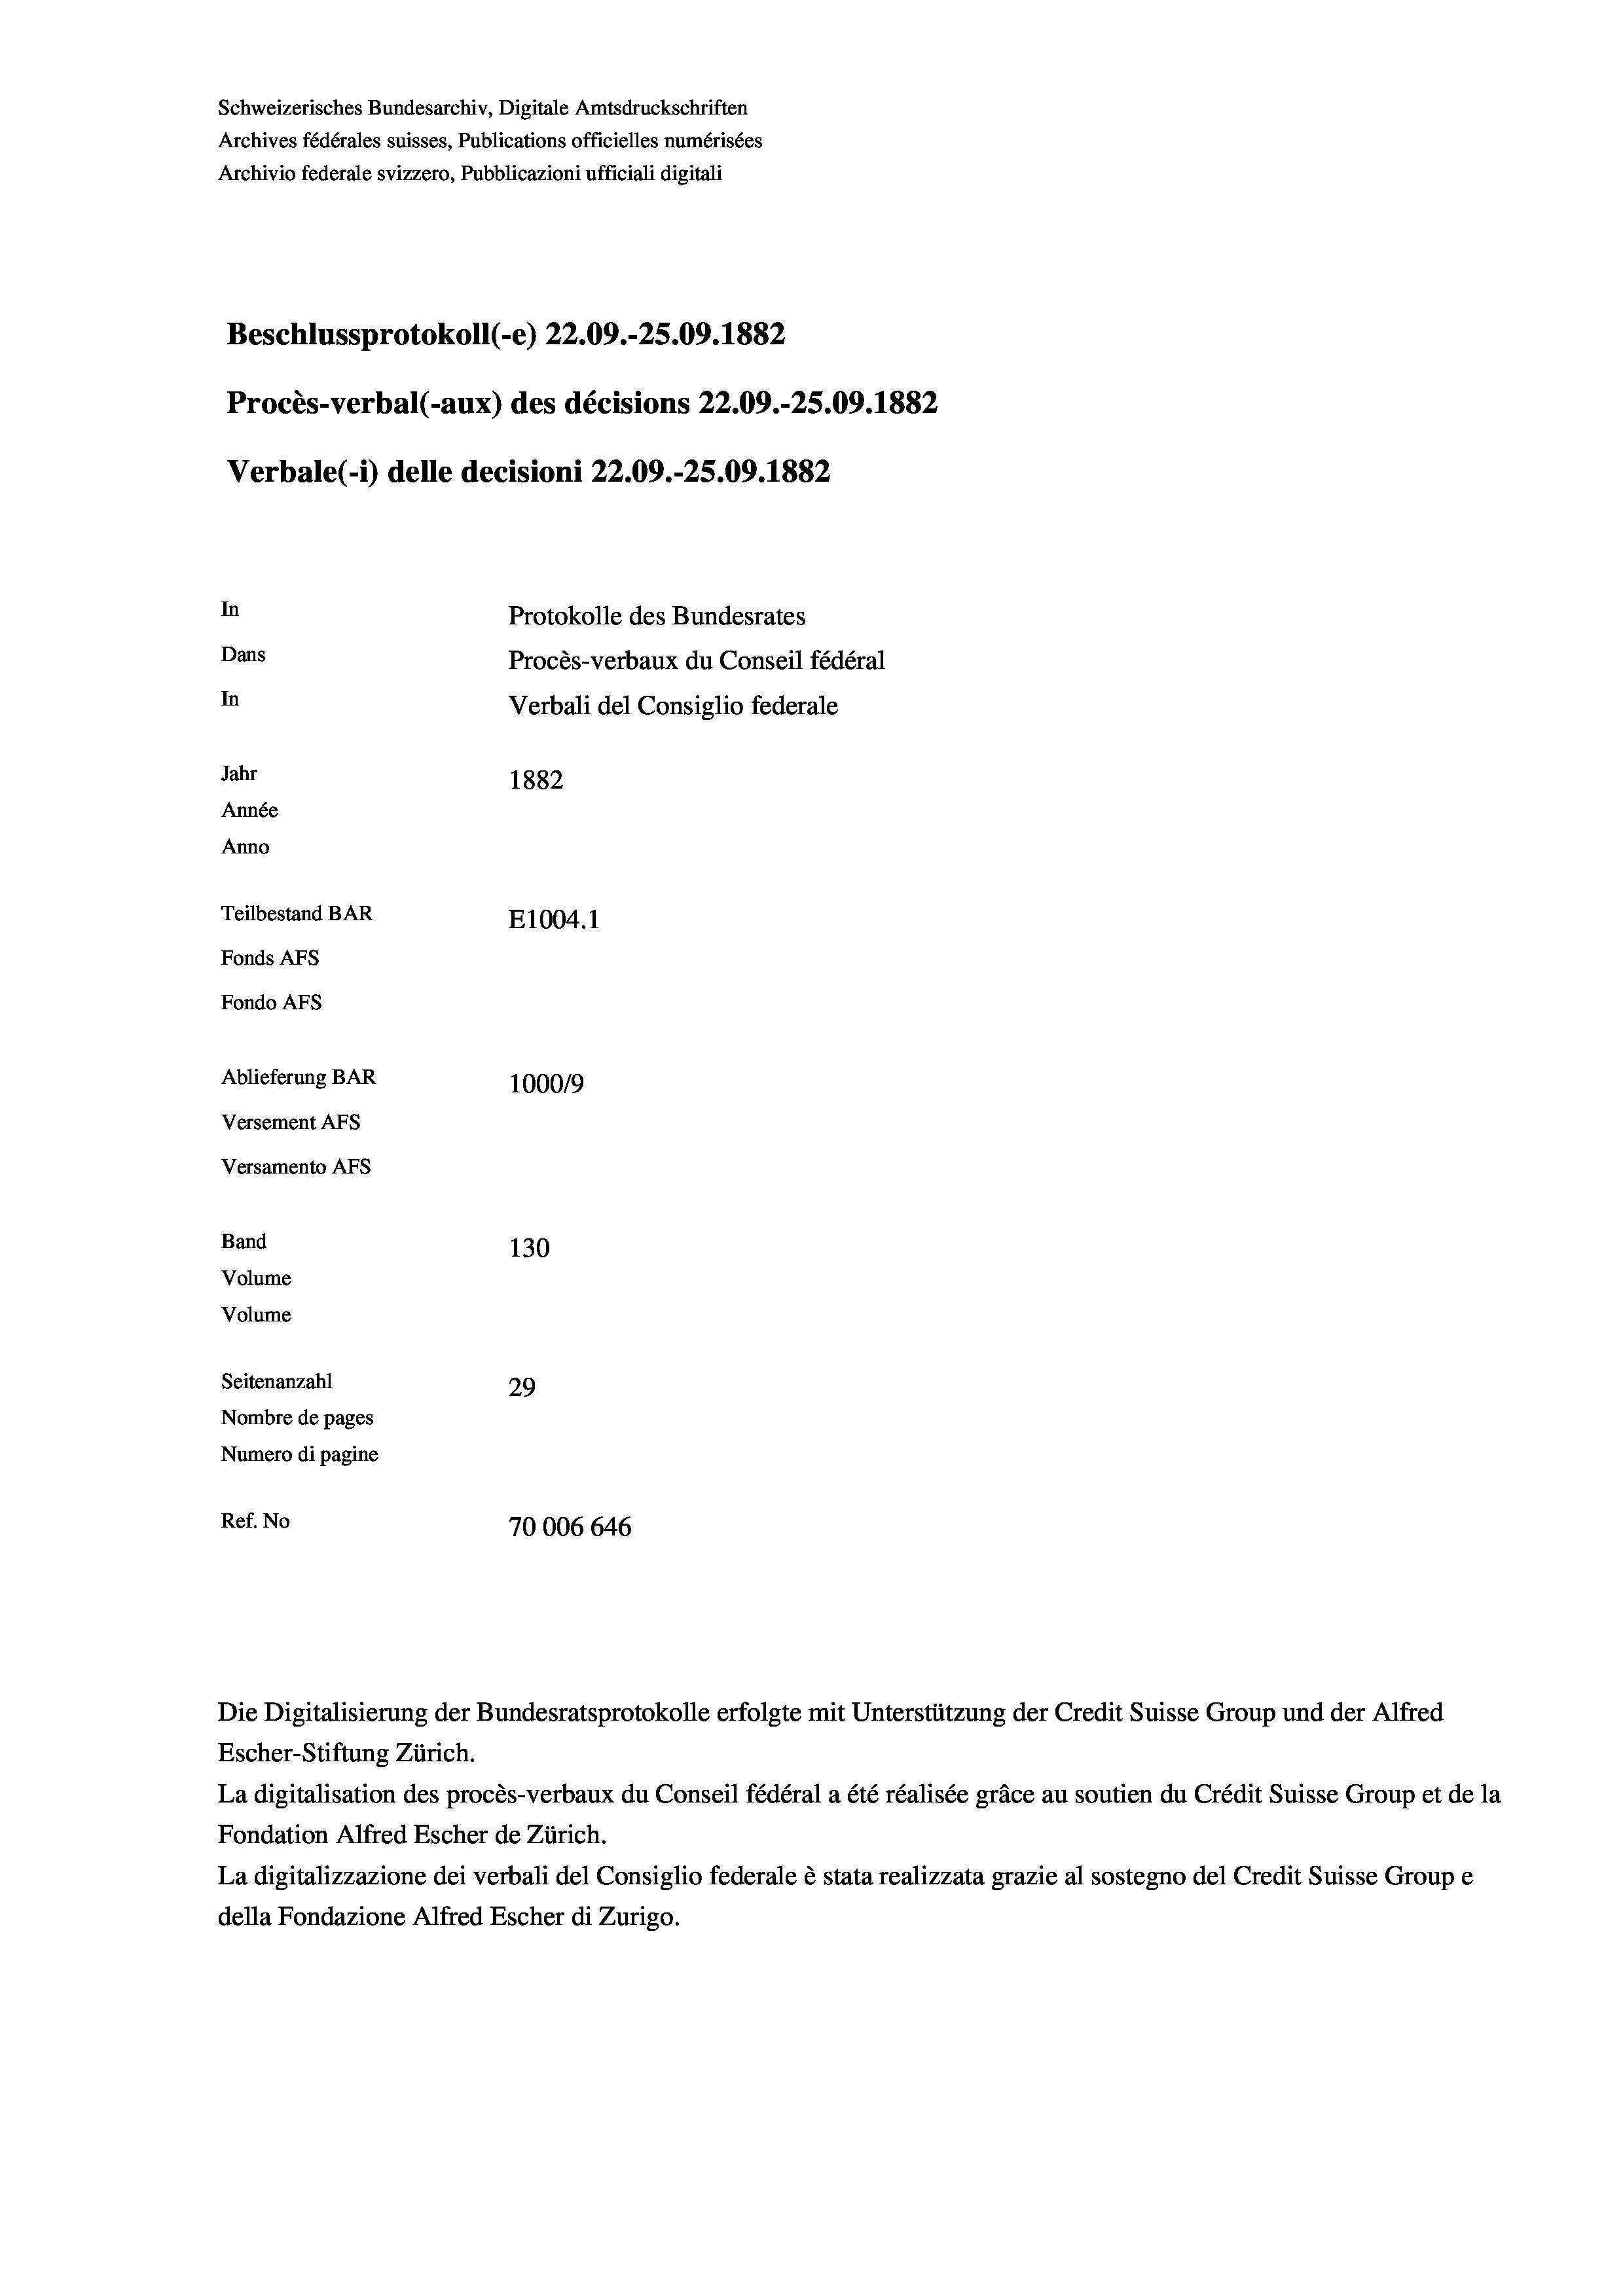
Schweizerisches Bundesarchiv, Digitale Amtsdruckschriften
Archives fédérales suisses, Publications officielles numérisées
Archivio federale svizzero, Pubblicazioni ufficiali digitali
Beschlussprotokoll (-e) 22.09.-25.09. 1882
Procès-verbal (-aux) des décisions 22.09.-25.09. 1882
Verbale (- 1) delle decisioni 22.09.-25.09. 1882
In
Protokolle des Bundesrates
Dans
Procès-verbaux du Conseil fédéral
In
Verbali del Consiglio federale
Jahr
1882
Année
Anno
Teilbestand BAR
E1004. 1
Fonds AFs
Fondo Afs
Ablieferung BAR
100019
Versement AFs
Versamento Afs
Band
130
Volume

Volume
Seitenanzahl
29
Nombre de pages
Numero di pagine
Ref. No
70006 646

Die Digitalisierung der Bundesratsprotokolle erfolgte mit Unterstützung der Credit Suisse Group und der Alfred
Escher-Stiftung Zürich.
La digitalisation des procès-verbaux du Conseil fédéral a été réalisée gräce au soutien du Crédit Suisse Group et de la
Fondation Alfred Escher de Zürich.
La digitalizzazione dei verbali del Consiglio federale è stata realizzata grazie al sostegno del Credit Suisse Groupe
della Fondazione Alfred Escher di Zurigo.